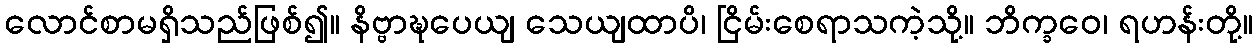
လောင်စာမရှိသည်ဖြစ်၍။ နိဗ္ဗာဍ္ဎပေယျ သေယျထာပိ၊ ငြိမ်းစေရာသကဲ့သို့။ ဘိက္ခဝေ၊ ရဟန်းတို့။